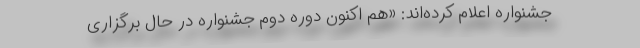
جشنواره اعلام کرده‌اند: «هم اکنون دوره دوم جشنواره در حال برگزاری